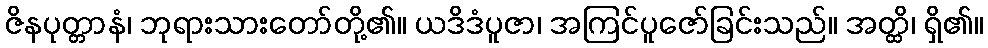
ဇိနပုတ္တာနံ၊ ဘုရားသားတော်တို့၏။ ယဒိဒံပူဇာ၊ အကြင်ပူဇော်ခြင်းသည်။ အတ္ထိ၊ ရှိ၏။